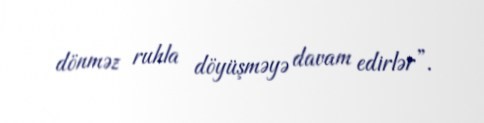
dönməz ruhla döyüşməyə davam edirlər”.